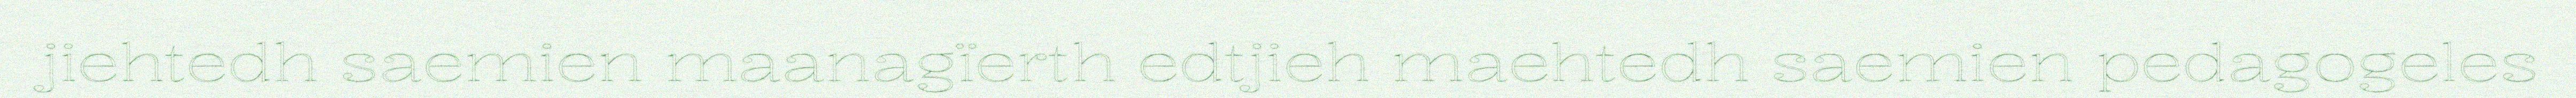
jiehtedh saemien maanagïerth edtjieh maehtedh saemien pedagogeles